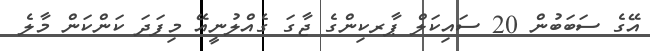
އޭގެ ސަބަބުން 20 ސައިކަލް ޕާރކިންގެ ޖާގަ ގެއްލުނީއޭ މިފަދަ ކަންކަން މާލެ